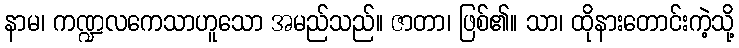
နာမ၊ ကဏ္ဍလကေသာဟူသော အမည်သည်။ ဇာတာ၊ ဖြစ်၏။ သာ၊ ထိုနားတောင်းကဲ့သို့